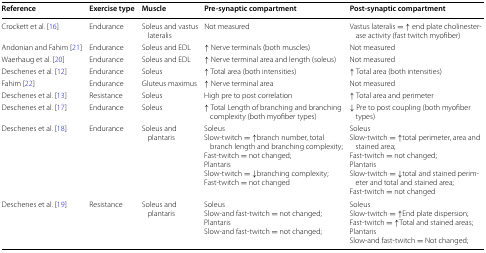
<table><thead><tr><td><b>Reference</b></td><td><b>Exercise type</b></td><td><b>Muscle</b></td><td><b>Pre-synaptic compartment</b></td><td><b>Post-synaptic compartment</b></td></tr></thead><tbody><tr><td>Crockett et al. [16]</td><td>Endurance</td><td>Soleus and vastus lateralis</td><td>Not measured</td><td>Vastus lateralis = ↑ end plate cholinesterase activity (fast twitch myofiber)</td></tr><tr><td>Andonian and Fahim [21]</td><td>Endurance</td><td>Soleus and EDL</td><td>↑ Nerve terminals (both muscles)</td><td>Not measured</td></tr><tr><td>Waerhaug et al. [20]</td><td>Endurance</td><td>Soleus and EDL</td><td>↑ Nerve terminal area and length (soleus)</td><td>Not measured</td></tr><tr><td>Deschenes et al. [12]</td><td>Endurance</td><td>Soleus</td><td>↑ Total area (both intensities)</td><td>↑ Total area (both intensities)</td></tr><tr><td>Fahim [22]</td><td>Endurance</td><td>Gluteus maximus</td><td>↑ Nerve terminal area</td><td>Not measured</td></tr><tr><td>Deschenes et al. [13]</td><td>Resistance</td><td>Soleus</td><td>High pre to post correlation</td><td>↑ Total area and perimeter</td></tr><tr><td>Deschenes et al. [17]</td><td>Endurance</td><td>Soleus</td><td>↑ Total Length of branching and branching complexity (both myofiber types)</td><td>↓ Pre to post coupling (both myofiber types)</td></tr><tr><td>Deschenes et al. [18]</td><td>Endurance</td><td>Soleus and plantaris</td><td>SoleusSlow-twitch = ↑branch number, total branch length and branching complexity;Fast-twitch = not changed;PlantarisSlow-twitch = ↓branching complexity;Fast-twitch = not changed</td><td>SoleusSlow-twitch = ↑total perimeter, area and stained area;Fast-twitch = not changed;PlantarisSlow-twitch = ↓total and stained perimeter and total and stained area;Fast-twitch = not changed</td></tr><tr><td>Deschenes et al. [19]</td><td>Resistance</td><td>Soleus and plantaris</td><td>SoleusSlow-and fast-twitch = not changed;PlantarisSlow-and fast-twitch = not changed;</td><td>SoleusSlow-twitch = ↑End plate dispersion;Fast-twitch = ↑Total and stained areas;PlantarisSlow-and fast-twitch = Not changed;</td></tr></tbody></table>